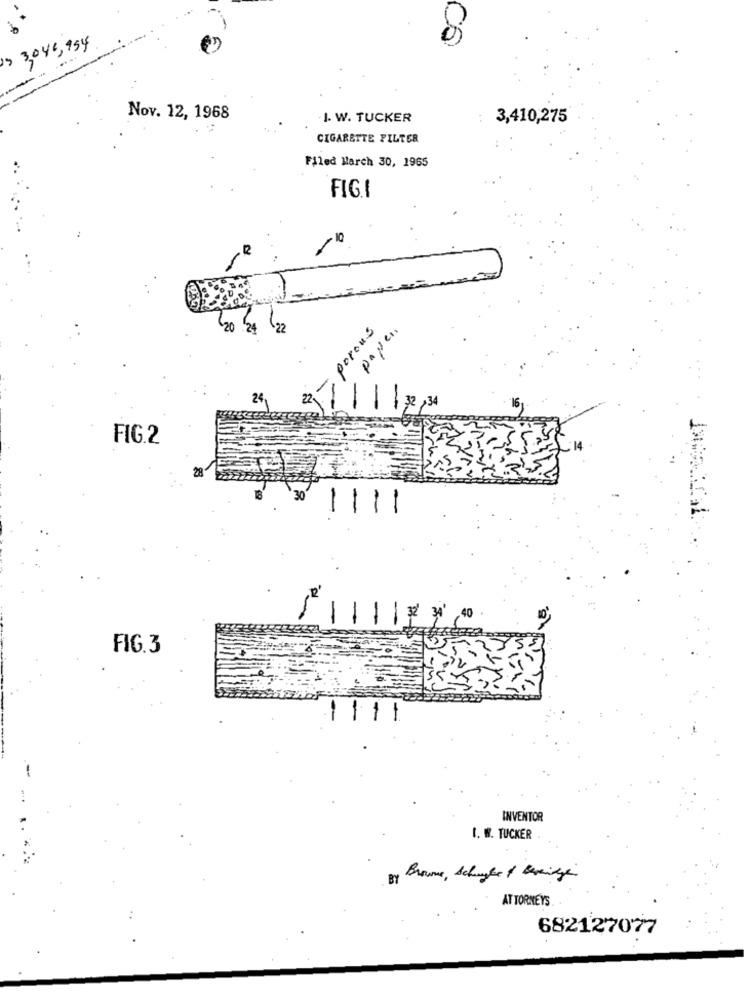
s 3,045,954
Nov. 12, 1968
I. W. TUCKER
:
3,410,275
CIGARETTE FILTER
Filed March 30, 1965
FIG.I
22
porous
FIG.2
1%
14.
1111
.40
FIG.3
1111
INVENTOR
I. W. TUCKER
BY
Broume , Schule & Bereitye
ATTORNEYS.
682127077